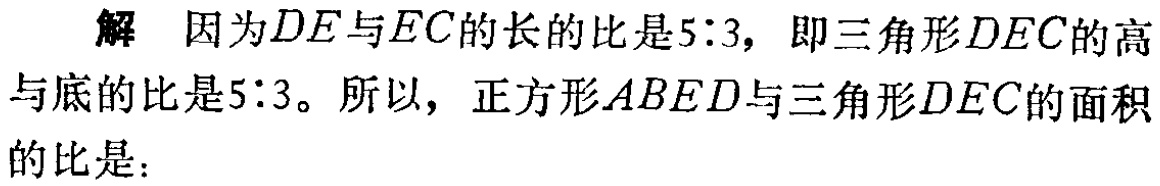
解 因为\(DE\)与\(EC\)的长的比是\(5:3\)，即三角形\(DEC\)的高与底的比是\(5:3\)。所以，正方形\(ABED\)与三角形\(DEC\)的面积的比是：